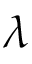
\lambda